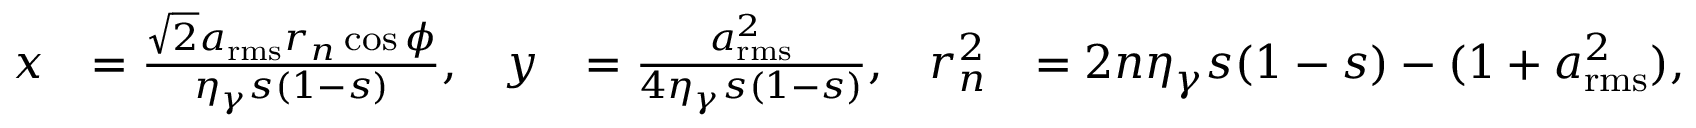
\begin{array} { r l r l r l } { x } & { = \frac { \sqrt { 2 } a _ { \mathrm { r m s } } r _ { n } \cos \phi } { \eta _ { \gamma } s ( 1 - s ) } , } & { y } & { = \frac { a _ { \mathrm { r m s } } ^ { 2 } } { 4 \eta _ { \gamma } s ( 1 - s ) } , } & { r _ { n } ^ { 2 } } & { = 2 n \eta _ { \gamma } s ( 1 - s ) - ( 1 + a _ { \mathrm { r m s } } ^ { 2 } ) , } \end{array}